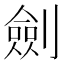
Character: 劍